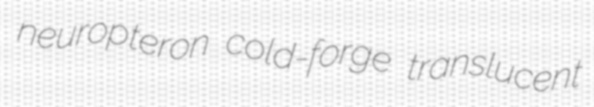
neuropteron cold-forge translucent